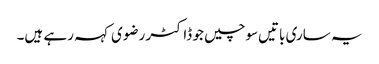
یہ ساری باتیں‌سوچیں جو ڈاکٹر رضوی کہہ رہے ہیں۔